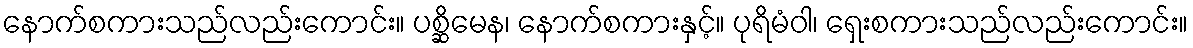
နောက်စကားသည်လည်းကောင်း။ ပစ္ဆိမေန၊ နောက်စကားနှင့်။ ပုရိမံဝါ၊ ရှေးစကားသည်လည်းကောင်း။